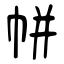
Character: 帲